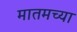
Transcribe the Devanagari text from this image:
मातमच्या